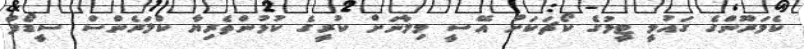
ކެމަރޫންގެ ގައުމީ ޓީމުގެ ކޯޗަކަށް އޭސީ މިލާނަށް ކުރީގެ ކުޅުންތެރިޔާ ކްލަރެންސް ސީޑޯފް